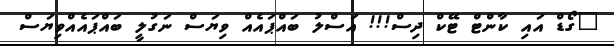
"ގޯޑް އައި ކާންޓް ޓޭކް ދިސް!!! އަސްލު ބައްޕައެއް ވިޔަސް ނަގުލީ ބައްޕައެއްވިޔަސް